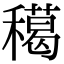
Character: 𥢸